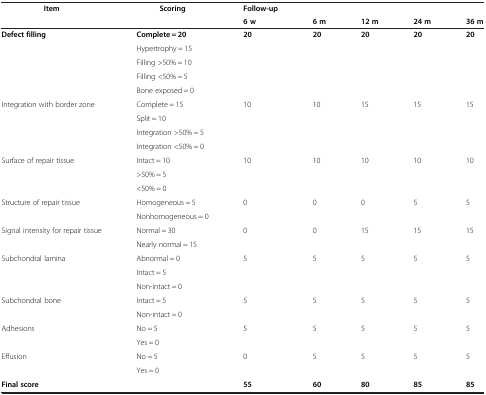
<table><thead><tr><td><b>Item</b></td><td><b>Scoring</b></td><td><b>Follow-up</b></td><td><b> </b></td><td><b> </b></td><td><b> </b></td><td><b> </b></td></tr><tr><td><b> </b></td><td><b> </b></td><td><b>6 w</b></td><td><b>6 m</b></td><td><b>12 m</b></td><td><b>24 m</b></td><td><b>36 m</b></td></tr></thead><tbody><tr><td rowspan="5"><b>Defect filling</b></td><td><b>Complete = 20</b></td><td rowspan="5"><b>20</b></td><td rowspan="5"><b>20</b></td><td rowspan="5"><b>20</b></td><td rowspan="5"><b>20</b></td><td rowspan="5"><b>20</b></td></tr><tr><td>Hypertrophy = 15</td></tr><tr><td>Filling &gt;50% = 10</td></tr><tr><td>Filling &lt;50% = 5</td></tr><tr><td>Bone exposed = 0</td></tr><tr><td rowspan="4">Integration with border zone</td><td>Complete = 15</td><td rowspan="4">10</td><td rowspan="4">10</td><td rowspan="4">15</td><td rowspan="4">15</td><td rowspan="4">15</td></tr><tr><td>Split = 10</td></tr><tr><td>Integration &gt;50% = 5</td></tr><tr><td>Integration &lt;50% = 0</td></tr><tr><td rowspan="3">Surface of repair tissue</td><td>Intact = 10</td><td rowspan="3">10</td><td rowspan="3">10</td><td rowspan="3">10</td><td rowspan="3">10</td><td rowspan="3">10</td></tr><tr><td>&gt;50% = 5</td></tr><tr><td>&lt;50% = 0</td></tr><tr><td rowspan="2">Structure of repair tissue</td><td>Homogeneous = 5</td><td rowspan="2">0</td><td rowspan="2">0</td><td rowspan="2">0</td><td rowspan="2">5</td><td rowspan="2">5</td></tr><tr><td>Nonhomogeneous = 0</td></tr><tr><td rowspan="2">Signal intensity for repair tissue</td><td>Normal = 30</td><td rowspan="2">0</td><td rowspan="2">0</td><td rowspan="2">15</td><td rowspan="2">15</td><td rowspan="2">15</td></tr><tr><td>Nearly normal = 15</td></tr><tr><td rowspan="3">Subchondral lamina</td><td>Abnormal = 0</td><td rowspan="3">5</td><td rowspan="3">5</td><td rowspan="3">5</td><td rowspan="3">5</td><td rowspan="3">5</td></tr><tr><td>Intact = 5</td></tr><tr><td>Non-intact = 0</td></tr><tr><td rowspan="2">Subchondral bone</td><td>Intact = 5</td><td rowspan="2">5</td><td rowspan="2">5</td><td rowspan="2">5</td><td rowspan="2">5</td><td rowspan="2">5</td></tr><tr><td>Non-intact = 0</td></tr><tr><td rowspan="2">Adhesions</td><td>No = 5</td><td rowspan="2">5</td><td rowspan="2">5</td><td rowspan="2">5</td><td rowspan="2">5</td><td rowspan="2">5</td></tr><tr><td>Yes = 0</td></tr><tr><td rowspan="2">Effusion</td><td>No = 5</td><td rowspan="2">0</td><td rowspan="2">5</td><td rowspan="2">5</td><td rowspan="2">5</td><td rowspan="2">5</td></tr><tr><td>Yes = 0</td></tr><tr><td><b>Final score</b></td><td> </td><td><b>55</b></td><td><b>60</b></td><td><b>80</b></td><td><b>85</b></td><td><b>85</b></td></tr></tbody></table>